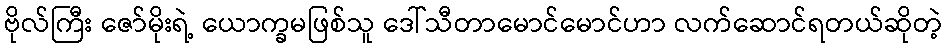
ဗိုလ်ကြီး ဇော်မိုးရဲ့ ယောက္ခမဖြစ်သူ ဒေါ်သီတာမောင်မောင်ဟာ လက်ဆောင်ရတယ်ဆိုတဲ့